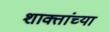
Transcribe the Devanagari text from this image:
शाक्तांच्या